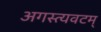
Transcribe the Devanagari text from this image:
अगस्त्यवटम्